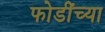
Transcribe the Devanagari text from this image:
फोडींच्या